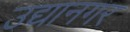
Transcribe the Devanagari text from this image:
उद्यानगर